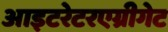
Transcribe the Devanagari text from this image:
आइटरेटरएग्रीगेट